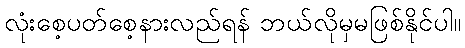
လုံးစေ့ပတ်စေ့နားလည်ရန် ဘယ်လိုမှမဖြစ်နိုင်ပါ။